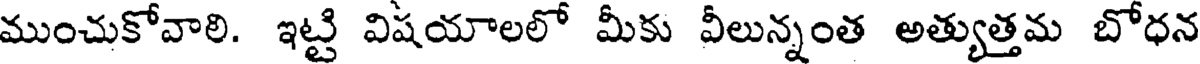
ముంచుకోవాలి. ఇట్టి విషయాలలో మీకు వీలున్నంత అత్యుత్తమ బోధన